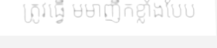
ត្រូវធ្វើ មមាញឹកខ្លាំងបែប